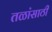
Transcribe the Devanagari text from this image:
तळांसाठी